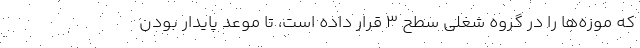
که موزه‌ها را در گروه شغلی سطح ۳ قرار داده است، تا موعد پایدار بودن